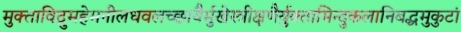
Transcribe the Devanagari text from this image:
मुक्ताविद्रुमहेमनीलधवलच्छायैर्मुखेस्त्रीक्षणैर्युक्तामिन्दुकलानिबद्धमुकुटां